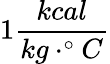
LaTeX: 1\frac{kcal}{kg\cdot^{\circ}C}